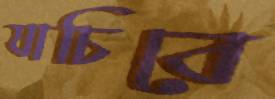
যাচিবে